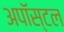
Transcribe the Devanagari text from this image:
अपॉस्टल